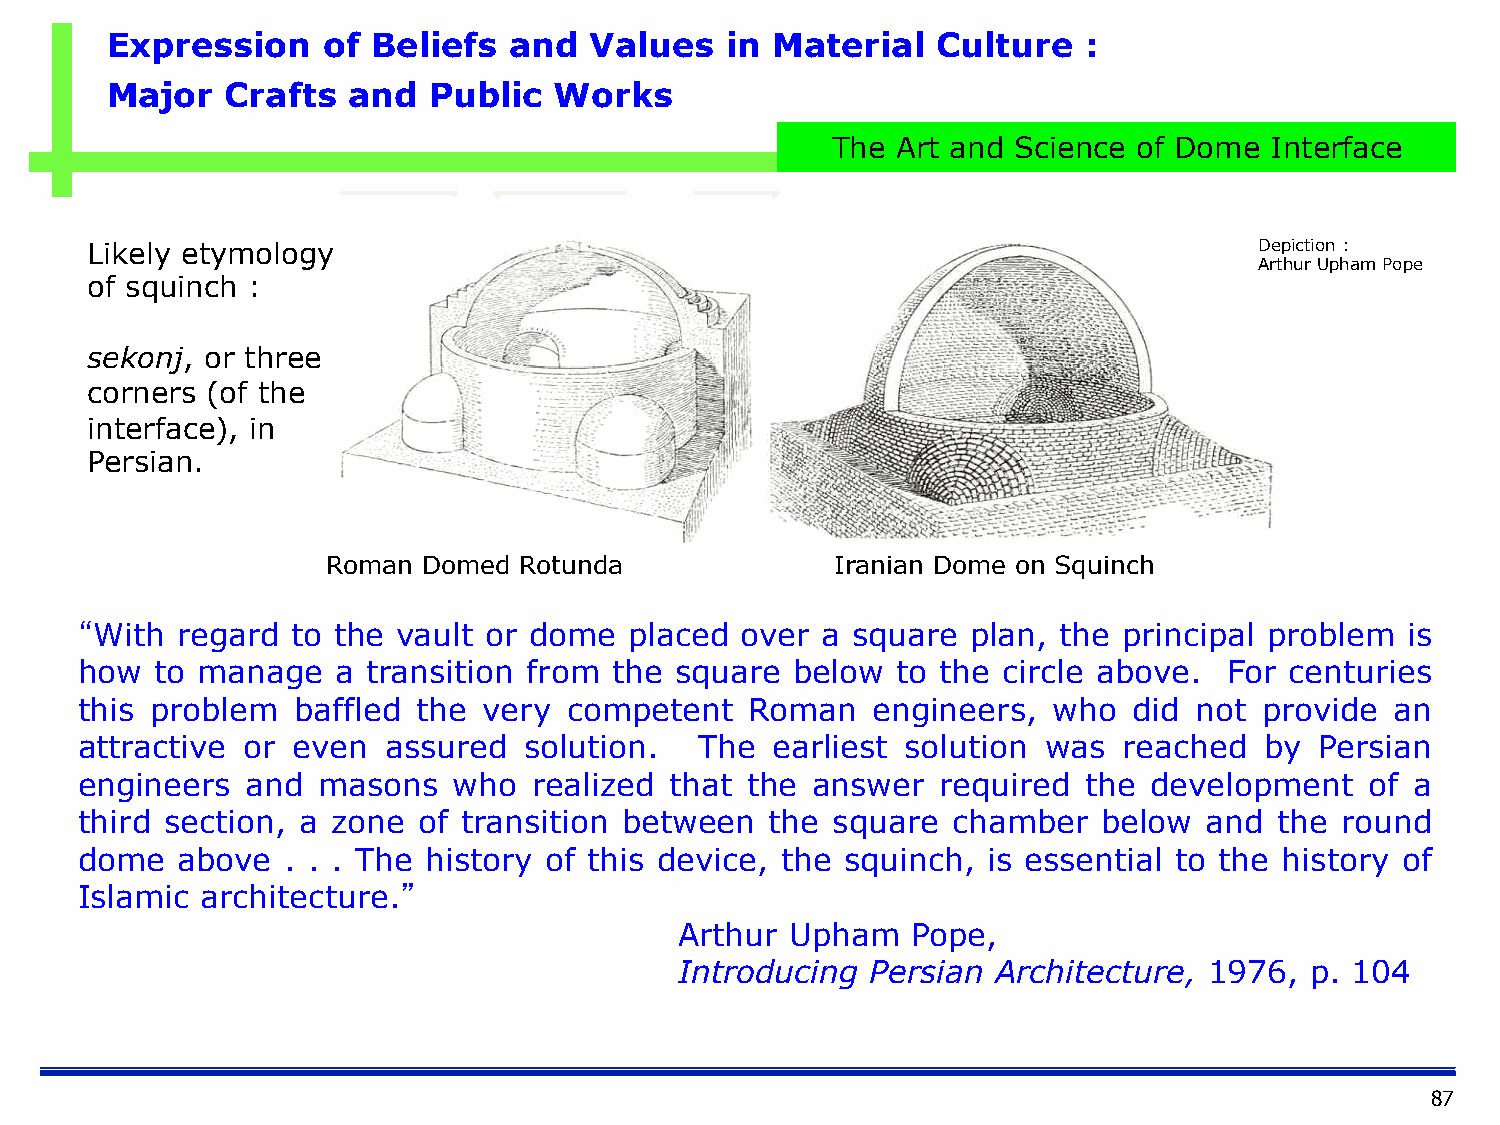
Expression    of  Beliefs  and  Values   in Material   Culture   :
 Major   Crafts  and  Public   Works
 The Art and Science of Dome  Interface
 Likely etymology                                                             Depiction :
 Arthur Upham Pope
 of squinch :
 sekonj, or three
 corners (of the
 interface), in
 Persian.
 Roman Domed Rotunda              Iranian Dome on Squinch
 “With  regard to the vault or dome   placed over a square  plan, the principal problem  is
 how  to manage   a transition from  the square  below to the circle above.  For centuries
 this problem  baffled  the very  competent   Roman   engineers,  who  did not  provide an
 attractive or even  assured   solution.  The  earliest solution was  reached   by Persian
 engineers  and  masons   who  realized that the  answer  required  the development    of a
 third section, a zone  of transition between  the square  chamber   below  and  the round
 dome   above  . . . The history of this device, the squinch, is essential to the history of
 Islamic architecture.”
 Arthur Upham   Pope,
 Introducing  Persian Architecture, 1976,  p. 104
 87